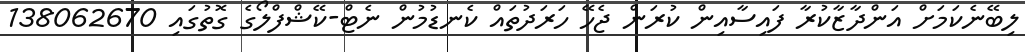
ލިބޭނެކަމަށް އަންދާޒާކުރާ ފައިސާއިން ކުރަން ޖެހޭ ހަރަދުތައް ކެނޑުމުން ނެޓް-ކޭޝްފްލޯގެ ގޮތުގައި 138062670